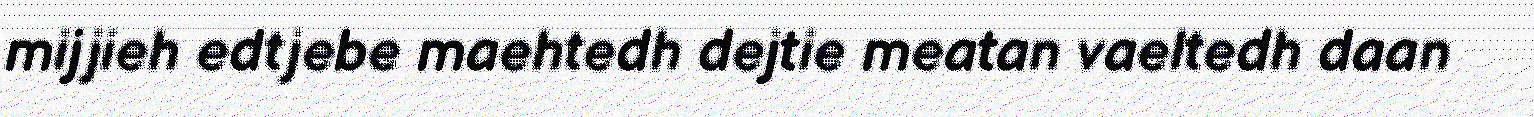
mijjieh edtjebe maehtedh dejtie meatan vaeltedh daan